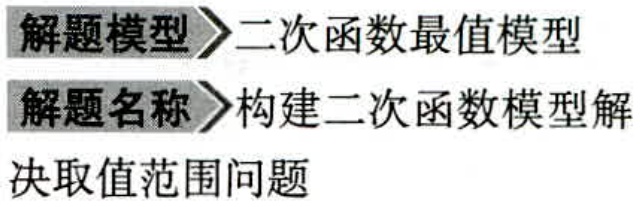
解题模型$\rightharpoonup$二次函数最值模型
解题名称$\rightharpoonup$构建二次函数模型解决取值范围问题